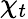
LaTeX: \chi_{t}